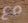
مع